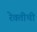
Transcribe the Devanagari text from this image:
रेवतीची